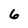
Character: 6